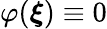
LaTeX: \varphi(\boldsymbol{\xi})\equiv 0